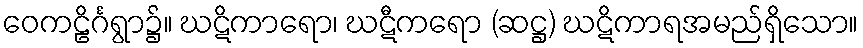
ဝေကဠိင်္ဂရွာ၌။ ဃဋိကာရော၊ ဃဋီကရော (ဆဋ္ဌ) ဃဋိကာရအမည်ရှိသော။